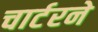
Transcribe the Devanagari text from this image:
चार्टरने